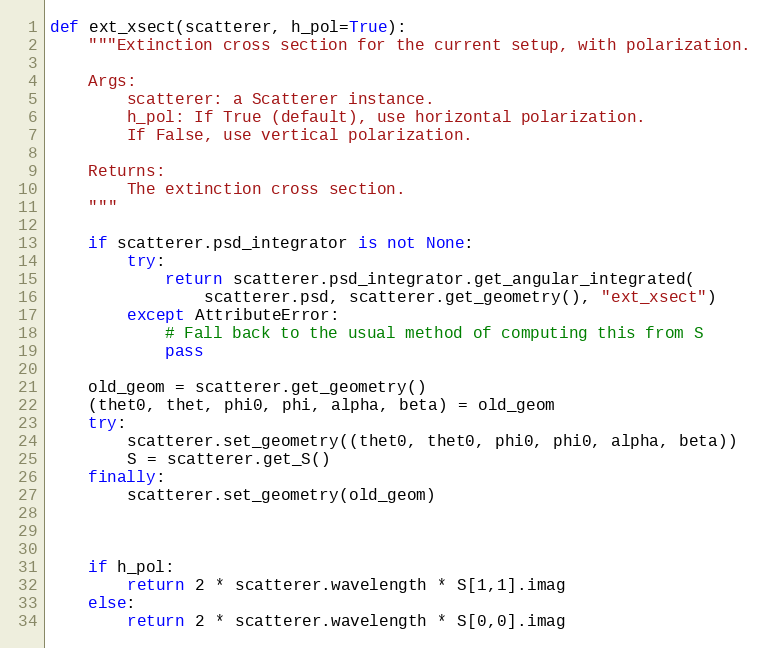
Language: Python
def ext_xsect(scatterer, h_pol=True):
    """Extinction cross section for the current setup, with polarization.

    Args:
        scatterer: a Scatterer instance.
        h_pol: If True (default), use horizontal polarization.
        If False, use vertical polarization.

    Returns:
        The extinction cross section.
    """

    if scatterer.psd_integrator is not None:
        try:
            return scatterer.psd_integrator.get_angular_integrated(
                scatterer.psd, scatterer.get_geometry(), "ext_xsect")
        except AttributeError:
            # Fall back to the usual method of computing this from S
            pass

    old_geom = scatterer.get_geometry()
    (thet0, thet, phi0, phi, alpha, beta) = old_geom
    try:
        scatterer.set_geometry((thet0, thet0, phi0, phi0, alpha, beta))
        S = scatterer.get_S()
    finally:
        scatterer.set_geometry(old_geom)

    if h_pol:
        return 2 * scatterer.wavelength * S[1,1].imag
    else:
        return 2 * scatterer.wavelength * S[0,0].imag